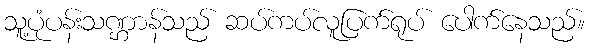
သူ့ပုံပန်းသဏ္ဌာန်သည် ဆပ်ကပ်လူပြက်ရုပ် ပေါက်နေသည်။